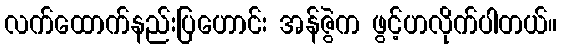
လက်ထောက်နည်းပြဟောင်း အန်ဇွဲက ဖွင့်ဟလိုက်ပါတယ်။